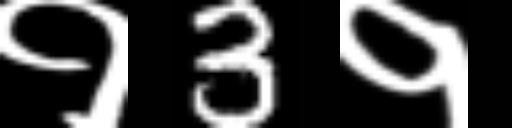
Text: १3१